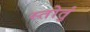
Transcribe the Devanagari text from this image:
स्तोतुं